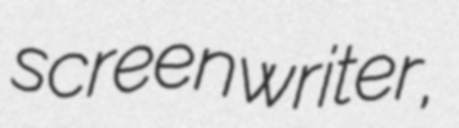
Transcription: screenwriter,